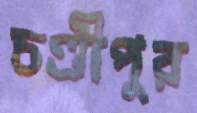
চণ্ডীপুর